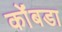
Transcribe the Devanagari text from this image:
कोंंबडा